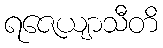
ရဇေယျာသီတိ